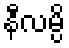
နီလမ္ပိ